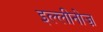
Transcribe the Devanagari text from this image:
इल्लीनोज़